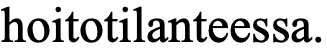
hoitotilanteessa.